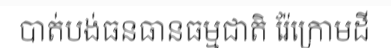
បាត់បង់ធនធានធម្មជាតិ រ៉ែក្រោមដី